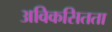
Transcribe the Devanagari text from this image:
अविकसितता